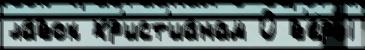
ла́вок хр'ист'иа́нам 0 в'е́ры